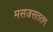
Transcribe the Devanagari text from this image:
मसजसततग